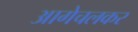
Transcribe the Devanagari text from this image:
आगेचलकर